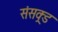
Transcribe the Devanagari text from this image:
संसक्र्ड